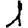
Digit: 1